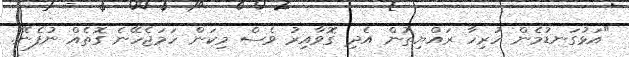
"އަޅުގަނޑުމެން ހުރިހާ ރައްޔިތުން އެދި ގޮވާއިރު ވެސް މިކަން ހަމަޖެހޭނެ ގޮތެއް ނުފެނޭ.